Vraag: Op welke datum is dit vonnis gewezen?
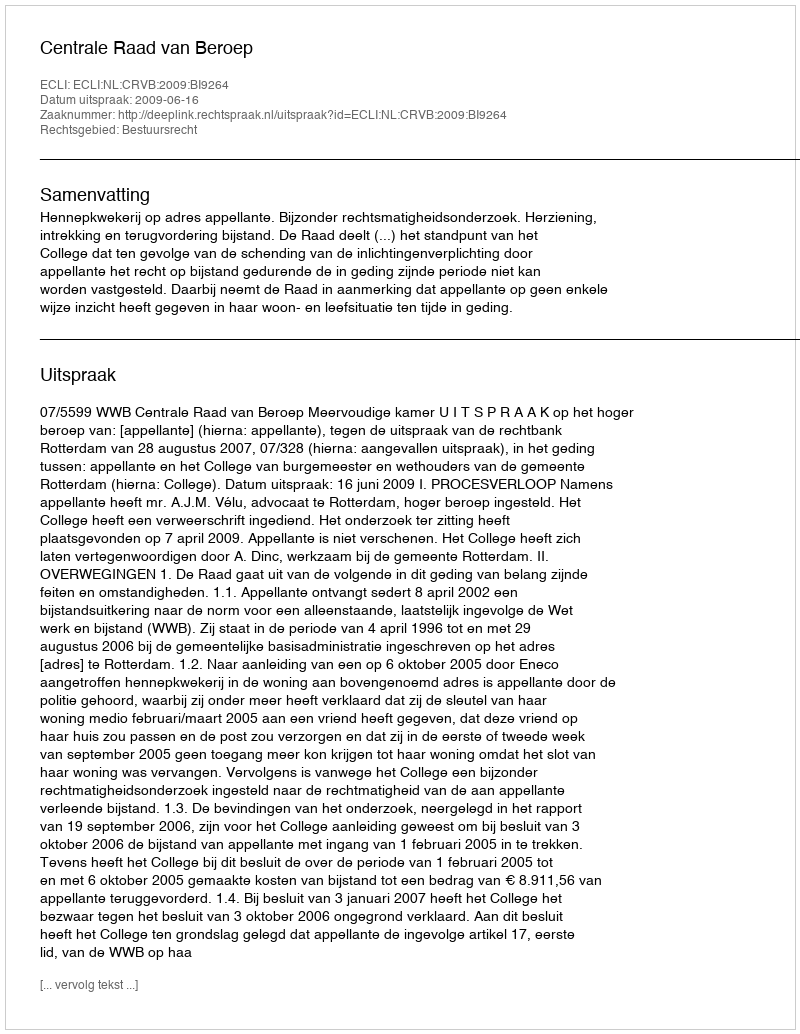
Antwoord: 2009-06-16